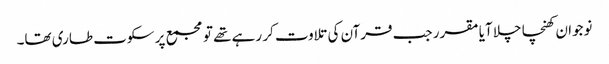
نوجوان کھنچا چلا آیا مقرر جب قرآن کی تلاوت کر رہے تھے تو مجمع پر سکوت طاری تھا۔